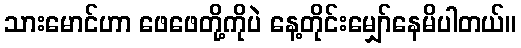
သားမောင်ဟာ ဖေဖေတို့ကိုပဲ နေ့တိုင်းမျှော်နေမိပါတယ်။